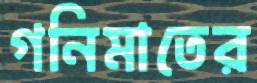
গনিমাতের